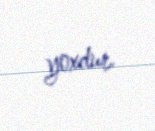
yoxdur.